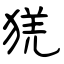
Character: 猐